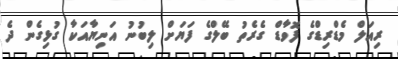
ރިއަލް މެޑްރިޑްގެ ފޮވާޑް ގެރެތު ބޭލްގެ ފަޔަށް ލިބުނު އަނިޔާއަކާ ގުޅިގެން ދެ